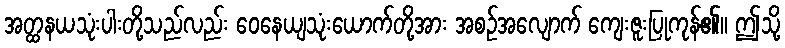
အတ္ထနယသုံးပါးတို့သည်လည်း ဝေနေယျသုံးယောက်တို့အား အစဉ်အလျောက် ကျေးဇူးပြုကုန်၏။ ဤသို့